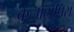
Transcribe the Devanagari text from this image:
कलोट्रोपिस